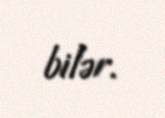
bilər.